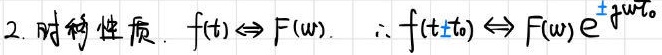
2. 时移性质. $f(t)\Leftrightarrow F(\omega).\ \therefore f(t\pm t_0)\Leftrightarrow F(\omega)e^{\pm j\omega t_0}$